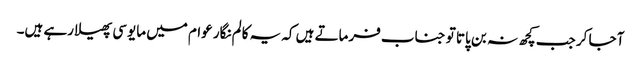
آ جا کر جب کچھ نہ بن پاتا تو جناب فرماتے ہیں کہ یہ کالم نگار عوام میں مایوسی پھیلا رہے ہیں۔